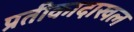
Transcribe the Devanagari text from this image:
प्रतीकादाखल